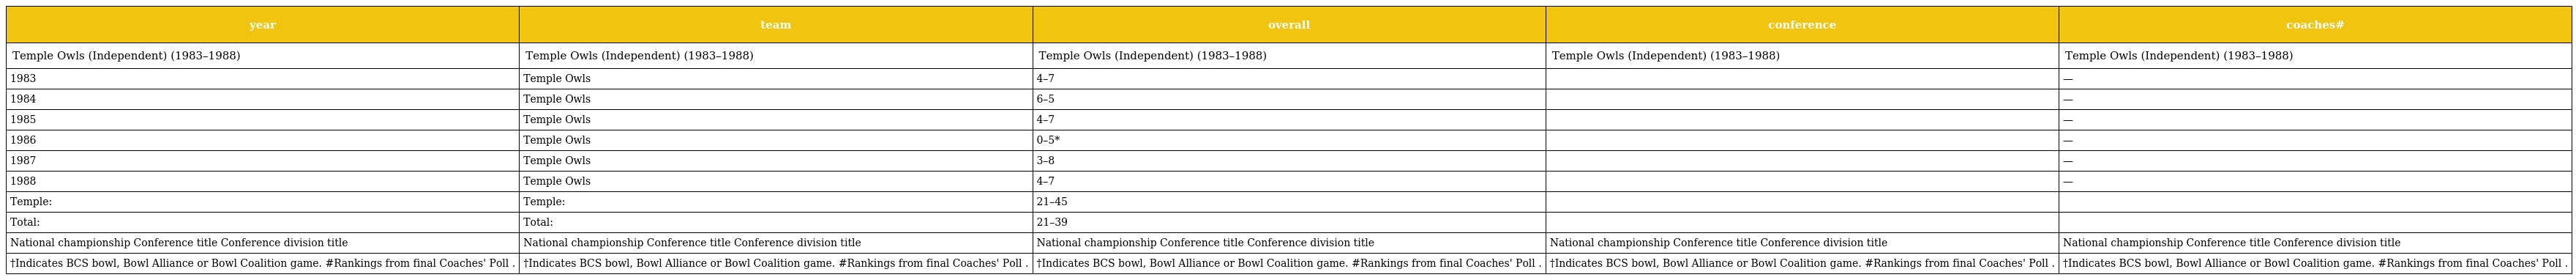
| year | team | overall | conference | coaches# |
 | --- | --- | --- | --- | --- |
 | Temple Owls (Independent) (1983–1988) | Temple Owls (Independent) (1983–1988) | Temple Owls (Independent) (1983–1988) | Temple Owls (Independent) (1983–1988) | Temple Owls (Independent) (1983–1988) |
 | 1983 | Temple Owls | 4–7 |  | — |
 | 1984 | Temple Owls | 6–5 |  | — |
 | 1985 | Temple Owls | 4–7 |  | — |
 | 1986 | Temple Owls | 0–5* |  | — |
 | 1987 | Temple Owls | 3–8 |  | — |
 | 1988 | Temple Owls | 4–7 |  | — |
 | Temple: | Temple: | 21–45 |  |  |
 | Total: | Total: | 21–39 |  |  |
 | National championship Conference title Conference division title | National championship Conference title Conference division title | National championship Conference title Conference division title | National championship Conference title Conference division title | National championship Conference title Conference division title |
 | †Indicates BCS bowl, Bowl Alliance or Bowl Coalition game. #Rankings from final Coaches' Poll . | †Indicates BCS bowl, Bowl Alliance or Bowl Coalition game. #Rankings from final Coaches' Poll . | †Indicates BCS bowl, Bowl Alliance or Bowl Coalition game. #Rankings from final Coaches' Poll . | †Indicates BCS bowl, Bowl Alliance or Bowl Coalition game. #Rankings from final Coaches' Poll . | †Indicates BCS bowl, Bowl Alliance or Bowl Coalition game. #Rankings from final Coaches' Poll . |